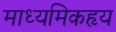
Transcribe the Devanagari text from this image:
माध्यमिकहृय